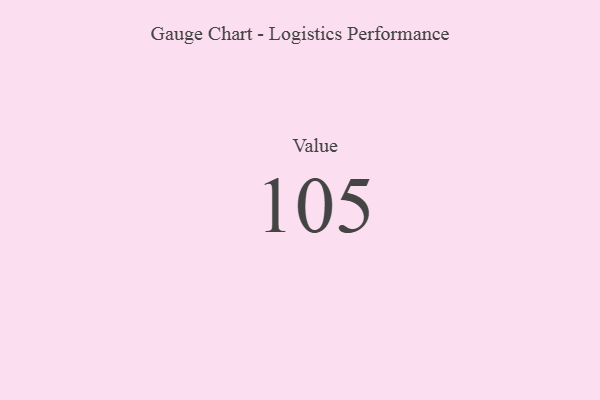
{"axis": {"x": "Metric", "y": "Value"}, "legend": [""], "data": [{"x": "Value", "y": 105, "type": ""}]}